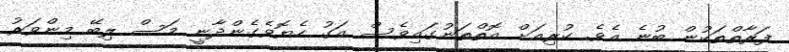
ފަރާތްތަކުން ބުނެ އެވެ. ކުރިއަށް އޮތްތަނުގައިވެސް އަގު ހެޔޮވެގެންދާނީ މަސް ލިބޭ މިންވަރު